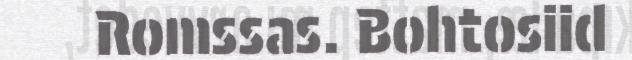
Romssas. Bohtosiid